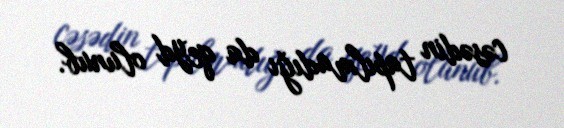
cəsədin tapılmadığı da qeyd olunub.